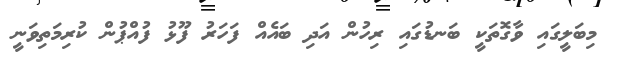
މިބަލީގައި ވާގޮތަކީ ބަނޑުގައި ރިހުން އަދި ބައެއް ފަހަރު ފޫޅު ފުއްޕުން ކުރިމަތިވަނީ